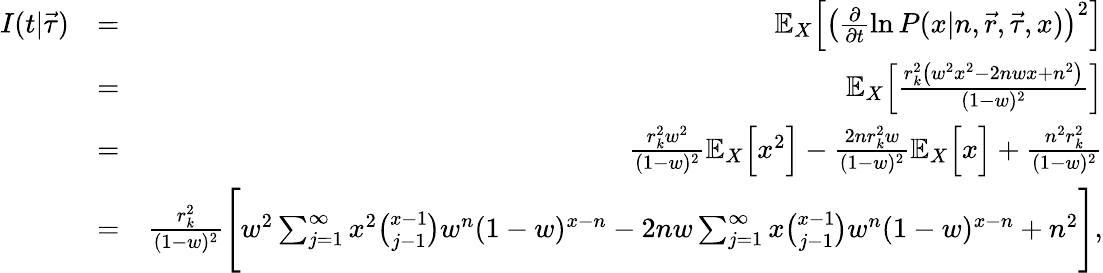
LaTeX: \begin{array}{rlr}{I(t|\vec{\tau})}&{=}&{\mathbb{E}_{X}\Big[\left(\frac{\partial}{\partial t}\ln P(x|n,\vec{r},\vec{\tau},x)\right)^{2}\Big]}\\ &{=}&{\mathbb{E}_{X}\Big[\frac{r_{k}^{2}\left(w^{2}x^{2}-2nwx+n^{2}\right)}{(1-w)^{2}}\Big]}\\ &{=}&{\frac{r_{k}^{2}w^{2}}{(1-w)^{2}}\mathbb{E}_{X}\Big[x^{2}\Big]-\frac{2nr_{k}^{2}w}{(1-w)^{2}}\mathbb{E}_{X}\Big[x\Big]+\frac{n^{2}r_{k}^{2}}{(1-w)^{2}}}\\ &{=}&{\frac{r_{k}^{2}}{(1-w)^{2}}\Bigg[w^{2}\sum_{j=1}^{\infty}x^{2}\binom{x-1}{j-1}w^{n}(1-w)^{x-n}-2nw\sum_{j=1}^{\infty}x\binom{x-1}{j-1}w^{n}(1-w)^{x-n}+n^{2}\Bigg],}\end{array}